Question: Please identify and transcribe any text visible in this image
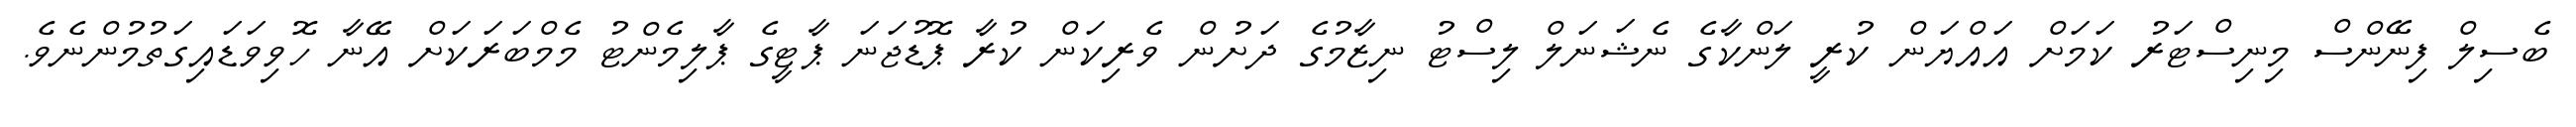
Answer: ބެސިލް ފިނޭންސް މިނިސްޓަރު ކަމަށް އައްޔަން ކުރީ ލަންކާގެ ނެޝަނަލް ލިސްޓު ނިޒާމުގެ ދަށުން ވެރިކަން ކުރާ ޕޮޑުޖަނަ ޕާޓީގެ ޕާލިމެންޓު މެމްބަރަކަށް އޭނާ ހޮވިވަޑައިގަތުމުންނެވެ.